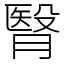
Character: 㬾